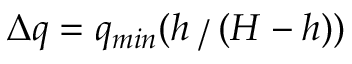
\Delta q = q _ { m i n } ( h ⁄ ( H - h ) )